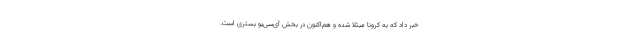
خبر داد که به کرونا مبتلا شده و هم‌اکنون در بخش آی‌سی‌یو بستری است.